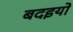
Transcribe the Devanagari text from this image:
बदइयों